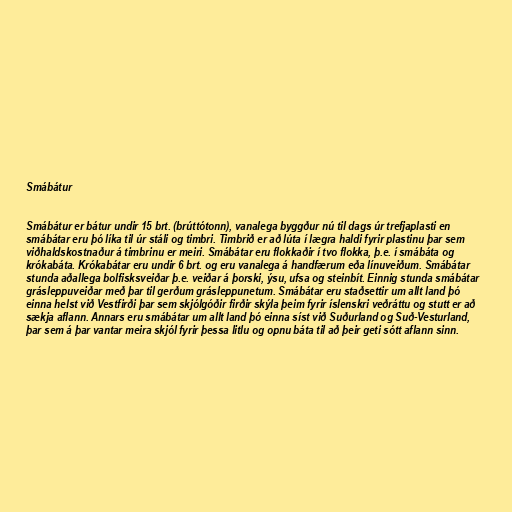
Smábátur

Smábátur er bátur undir 15 brt. (brúttótonn), vanalega byggður nú til dags úr trefjaplasti en
smábátar eru þó líka til úr stáli og timbri. Timbrið er að lúta í lægra haldi fyrir plastinu þar sem
viðhaldskostnaður á timbrinu er meiri. Smábátar eru flokkaðir í tvo flokka, þ.e. í smábáta og
krókabáta. Krókabátar eru undir 6 brt. og eru vanalega á handfærum eða línuveiðum. Smábátar
stunda aðallega bolfisksveiðar þ.e. veiðar á þorski, ýsu, ufsa og steinbít. Einnig stunda smábátar
grásleppuveiðar með þar til gerðum grásleppunetum. Smábátar eru staðsettir um allt land þó
einna helst við Vestfirði þar sem skjólgóðir firðir skýla þeim fyrir íslenskri veðráttu og stutt er að
sækja aflann. Annars eru smábátar um allt land þó einna síst við Suðurland og Suð-Vesturland,
þar sem á þar vantar meira skjól fyrir þessa litlu og opnu báta til að þeir geti sótt aflann sinn.